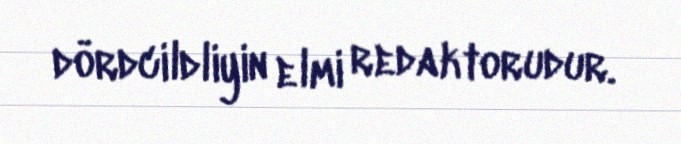
dördcildliyin elmi redaktorudur.